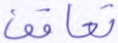
تعاقب